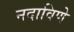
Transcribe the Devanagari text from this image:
नदाविणे